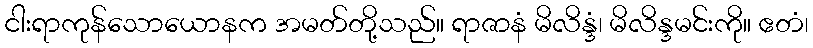
ငါးရာကုန်သောယောနက အမတ်တို့သည်။ ရာဇာနံ မိလိန္ဒံ၊ မိလိန္ဒမင်းကို။ ဧတံ၊